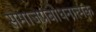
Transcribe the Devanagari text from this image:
समाजप्रबोधनात्मक